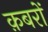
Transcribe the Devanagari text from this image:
क़बरों